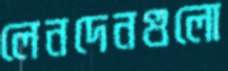
লেনদেনগুলো